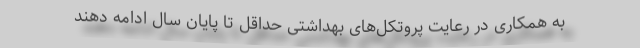
به همکاری در رعایت پروتکل‌های بهداشتی حداقل تا پایان سال ادامه دهند